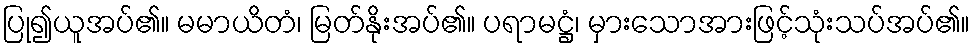
ပြု၍ယူအပ်၏။ မမာယိတံ၊ မြတ်နိုးအပ်၏။ ပရာမဋ္ဌံ၊ မှားသောအားဖြင့်သုံးသပ်အပ်၏။